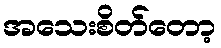
အသေးစိတ်တော့